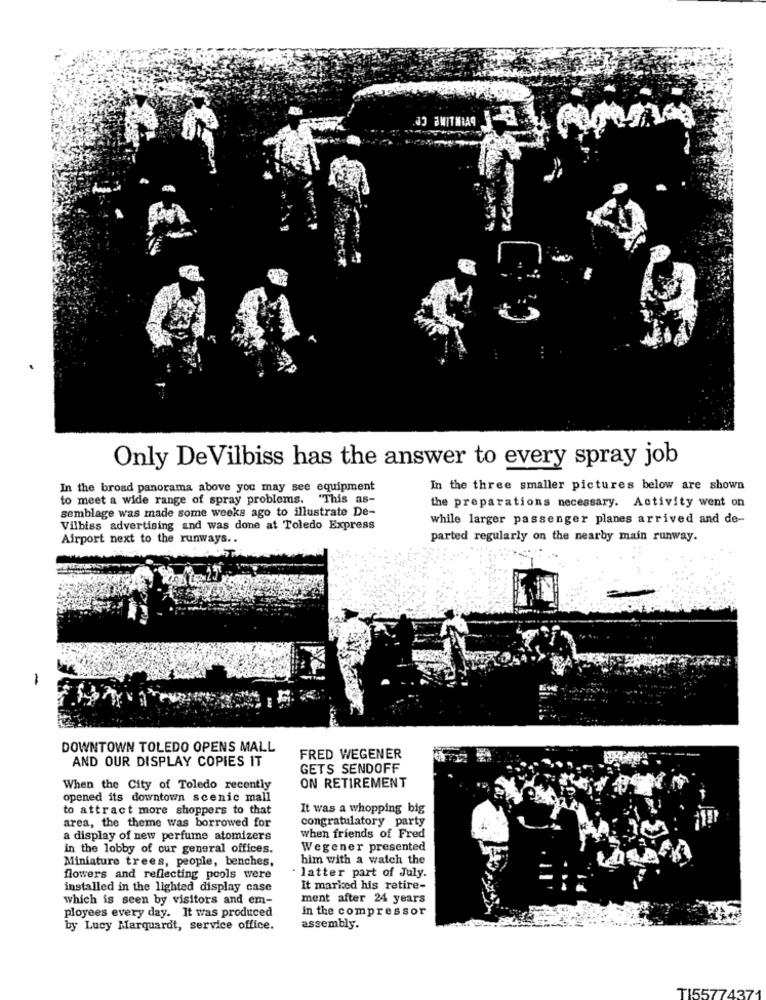
JO MITMIA9
Only De Vilbiss has the answer to every spray job
In the broad panorama above you may see equipment
In the three smaller pictures below are shown
to meet a wide range of spray problems. "This as-
semblage was made some weeks ago to illustrate De-
the preparations necessary. Activity went on
while larger passenger planes arrived and de-
Vilbiss advertising and was done at Toledo Express
Airport next to the runways ..
parted regularly on the nearby main runway.
-
DOWNTOWN TOLEDO OPENS MALL
AND OUR DISPLAY COPIES IT
FRED WEGENER
GETS SENDOFF
ON RETIREMENT
When the City of Toledo recently
opened its downtown scenic mall
to attract more shoppers to that
It was a whopping big
congratulatory party
area, the theme was borrowed for
a display of new perfume atomizers
when friends of Fred
in the lobby of our general offices.
Wegener presented
Miniature trees, people, benches,
him with a watch the
flowers and reflecting pools were
· latter part of July.
installed in the lighted display case
It marked his retire-
which is seen by visitors and em-
ment after 24 years
in the compressor
ployees every day. It was produced
by Lucy Marquardt, service office.
assembly.
TI55774371